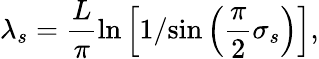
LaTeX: \lambda_{s}=\frac{L}{\pi}\ln\left[1/{\sin\left(\frac{\pi}{2}\sigma_{s}\right)}\right],